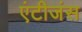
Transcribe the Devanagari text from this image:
एंटीजंस